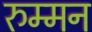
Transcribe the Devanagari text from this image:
रुम्मन